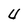
Character: U